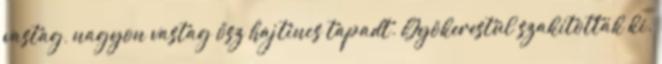
vastag, nagyon vastag ősz hajtincs tapadt. Gyökerestül szakították ki.